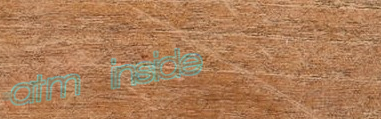
atm inside